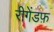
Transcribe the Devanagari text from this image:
रीगेंडफ़